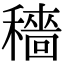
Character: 穡